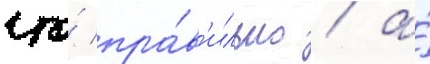
что́ пра́в'ильно / а́